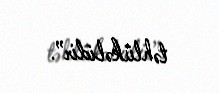
təhlükəlidir”.